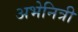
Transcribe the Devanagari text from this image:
अभेनित्री